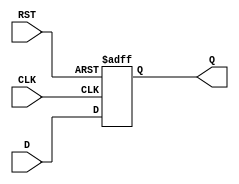
module IntermediateRegister #(
    parameter WIDTH = 8  // Define the width of the register (default is 8 bits)
)(
    input wire [WIDTH-1:0] D,  // Data input
    input wire CLK,              // Clock signal
    input wire RST,              // Asynchronous reset signal
    output reg [WIDTH-1:0] Q     // Data output
);

    // Always block triggered on the clock edge or reset signal
    always @(posedge CLK or posedge RST) begin
        if (RST) begin
            Q <= {WIDTH{1'b0}};  // Reset output to zero
        end else begin
            Q <= D;              // Capture input data on clock edge
        end
    end

endmodule